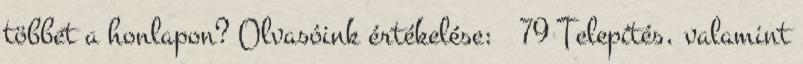
többet a honlapon? Olvasóink értékelése: 79 Telepítés, valamint